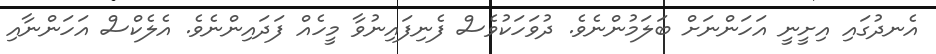
އެނދުގައި އިށީނީ އަހަންނަށް ބަލަމުންނެވެ. ދުވަހަކުވެސް ފެނިފައިނުވާ މީހެއް ފަދައިންނެވެ. އެލެކްސް އަހަންނާއި